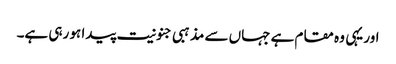
اور یہی وہ مقام ہے جہاں سے مذہبی جنونیت پیدا ہو رہی ہے۔